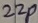
Text: 22P